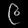
Digit: ၉